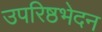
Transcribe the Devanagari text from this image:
उपरिष्ठभेदन